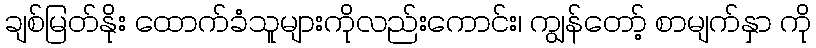
ချစ်မြတ်နိုး ထောက်ခံသူများကိုလည်းကောင်း၊ ကျွန်တော့် စာမျက်နှာ ကို